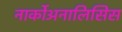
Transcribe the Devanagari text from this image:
नार्कोअनालिसिस